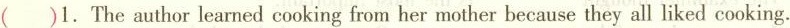
()1. The author learned cooking from her mother because they all liked cooking.